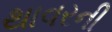
થાવરની